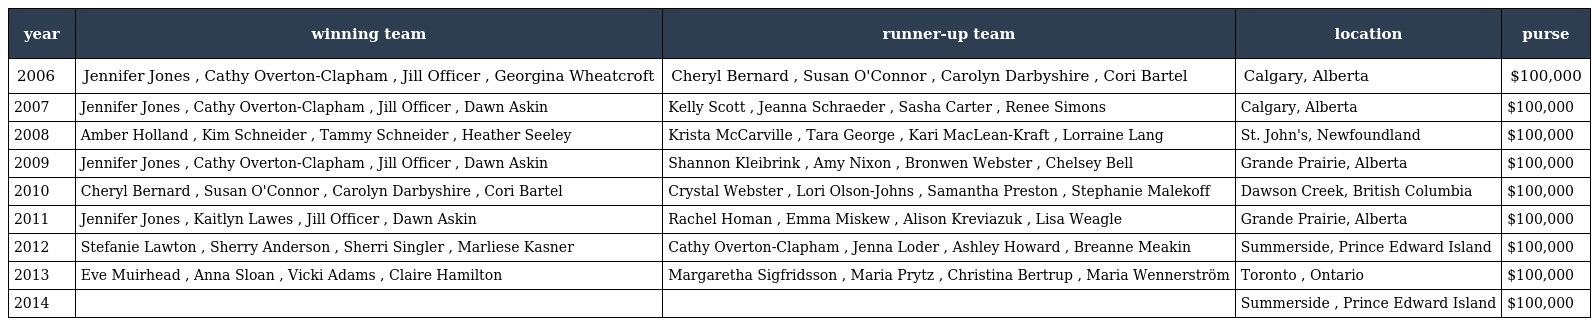
| year | winning team | runner-up team | location | purse |
 | --- | --- | --- | --- | --- |
 | 2006 | Jennifer Jones , Cathy Overton-Clapham , Jill Officer , Georgina Wheatcroft | Cheryl Bernard , Susan O'Connor , Carolyn Darbyshire , Cori Bartel | Calgary, Alberta | $100,000 |
 | 2007 | Jennifer Jones , Cathy Overton-Clapham , Jill Officer , Dawn Askin | Kelly Scott , Jeanna Schraeder , Sasha Carter , Renee Simons | Calgary, Alberta | $100,000 |
 | 2008 | Amber Holland , Kim Schneider , Tammy Schneider , Heather Seeley | Krista McCarville , Tara George , Kari MacLean-Kraft , Lorraine Lang | St. John's, Newfoundland | $100,000 |
 | 2009 | Jennifer Jones , Cathy Overton-Clapham , Jill Officer , Dawn Askin | Shannon Kleibrink , Amy Nixon , Bronwen Webster , Chelsey Bell | Grande Prairie, Alberta | $100,000 |
 | 2010 | Cheryl Bernard , Susan O'Connor , Carolyn Darbyshire , Cori Bartel | Crystal Webster , Lori Olson-Johns , Samantha Preston , Stephanie Malekoff | Dawson Creek, British Columbia | $100,000 |
 | 2011 | Jennifer Jones , Kaitlyn Lawes , Jill Officer , Dawn Askin | Rachel Homan , Emma Miskew , Alison Kreviazuk , Lisa Weagle | Grande Prairie, Alberta | $100,000 |
 | 2012 | Stefanie Lawton , Sherry Anderson , Sherri Singler , Marliese Kasner | Cathy Overton-Clapham , Jenna Loder , Ashley Howard , Breanne Meakin | Summerside, Prince Edward Island | $100,000 |
 | 2013 | Eve Muirhead , Anna Sloan , Vicki Adams , Claire Hamilton | Margaretha Sigfridsson , Maria Prytz , Christina Bertrup , Maria Wennerström | Toronto , Ontario | $100,000 |
 | 2014 |  |  | Summerside , Prince Edward Island | $100,000 |